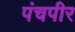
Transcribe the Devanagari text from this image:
पंचपीर